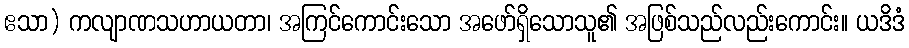
ဧသာ) ကလျာဏသဟာယတာ၊ အကြင်ကောင်းသော အဖော်ရှိသောသူ၏ အဖြစ်သည်လည်းကောင်း။ ယဒိဒံ